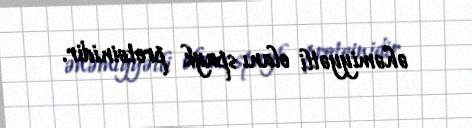
əhəmiyyətli olanı spayk proteinidir.